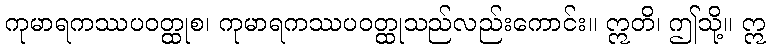
ကုမာရကဿပဝတ္ထုစ၊ ကုမာရကဿပဝတ္ထုသည်လည်းကောင်း။ ဣတိ၊ ဤသို့။ ဣ